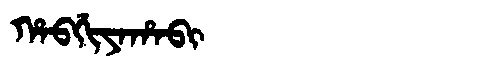
Manchu: ᡥᠠᠪᡤᡳᠶᠠᡥᠠᠪᡳ
Romanization: HABGIYAHABI